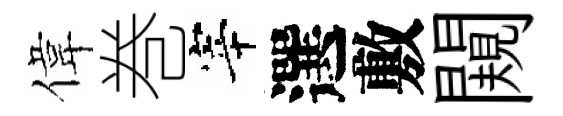
偉巻宰選敷闚